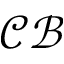
\mathcal { C B }